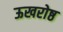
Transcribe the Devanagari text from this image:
ऊखरोष्ठ